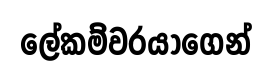
ලේකම්වරයාගෙන්